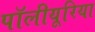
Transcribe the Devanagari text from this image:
पॉलीयूरिया